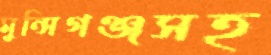
মুন্সিগঞ্জসহ